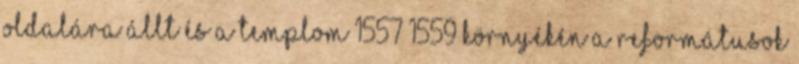
oldalára állt és a templom 1557–1559 környékén a reformátusok